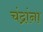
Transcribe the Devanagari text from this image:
चंद्रांना